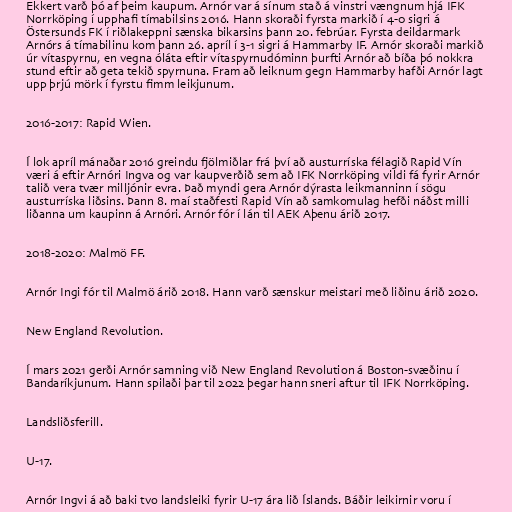
Ekkert varð þó af þeim kaupum. Arnór var á sínum stað á vinstri vængnum hjá IFK
Norrköping í upphafi tímabilsins 2016. Hann skoraði fyrsta markið í 4-0 sigri á
Östersunds FK í riðlakeppni sænska bikarsins þann 20. febrúar. Fyrsta deildarmark
Arnórs á tímabilinu kom þann 26. apríl í 3-1 sigri á Hammarby IF. Arnór skoraði markið
úr vítaspyrnu, en vegna óláta eftir vítaspyrnudóminn þurfti Arnór að bíða þó nokkra
stund eftir að geta tekið spyrnuna. Fram að leiknum gegn Hammarby hafði Arnór lagt
upp þrjú mörk í fyrstu fimm leikjunum.

2016-2017: Rapid Wien.

Í lok apríl mánaðar 2016 greindu fjölmiðlar frá því að austurríska félagið Rapid Vín
væri á eftir Arnóri Ingva og var kaupverðið sem að IFK Norrköping vildi fá fyrir Arnór
talið vera tvær milljónir evra. Það myndi gera Arnór dýrasta leikmanninn í sögu
austurríska liðsins. Þann 8. maí staðfesti Rapid Vín að samkomulag hefði náðst milli
liðanna um kaupinn á Arnóri. Arnór fór í lán til AEK Aþenu árið 2017.

2018-2020: Malmö FF.

Arnór Ingi fór til Malmö árið 2018. Hann varð sænskur meistari með liðinu árið 2020.

New England Revolution.

Í mars 2021 gerði Arnór samning við New England Revolution á Boston-svæðinu í
Bandaríkjunum. Hann spilaði þar til 2022 þegar hann sneri aftur til IFK Norrköping.

Landsliðsferill.

U-17.

Arnór Ingvi á að baki tvo landsleiki fyrir U-17 ára lið Íslands. Báðir leikirnir voru í